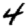
Digit: 4